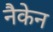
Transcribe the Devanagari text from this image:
नैकेन